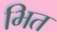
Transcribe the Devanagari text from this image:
भित